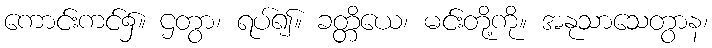
ကောင်းကင်၌။ ဌတွာ၊ ရပ်၍။ ခတ္တိယေ၊ မင်းတို့ကို။ အနုသာသေတွာန၊